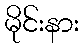
မိုင်းနား